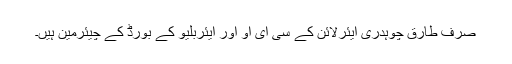
صرف طارق چوہدری ایئرلائن کے سی ای او اور ایئربلیو کے بورڈ کے چیئرمین ہیں۔